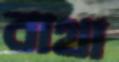
বাথা